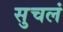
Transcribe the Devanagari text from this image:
सुचलं